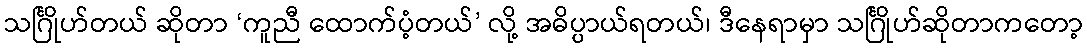
သင်္ဂြိုဟ်တယ် ဆိုတာ ‘ကူညီ ထောက်ပံ့တယ်’ လို့ အဓိပ္ပာယ်ရတယ်၊ ဒီနေရာမှာ သင်္ဂြိုဟ်ဆိုတာကတော့